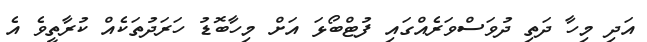
އަދި މިހާ ދަތި ދުވަސްވަރެއްގައި ފުޓްބޯޅަ އަށް މިހާބޮޑު ހަރަދުތަކެއް ކުރާތީވެ އެ